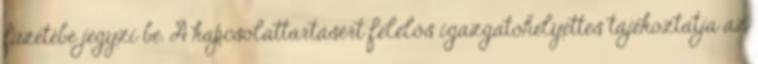
füzetébe jegyzi be. A kapcsolattartásért felelős igazgatóhelyettes tájékoztatja az